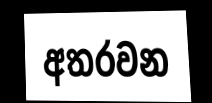
අතරවන